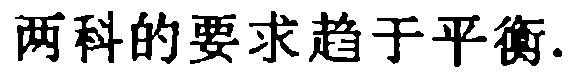
两科的要求趋于平衡.